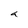
Character: a